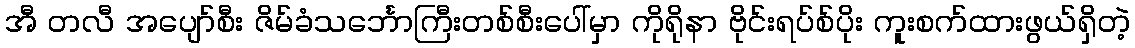
အီ တလီ အပျော်စီး ဇိမ်ခံသင်္ဘောကြီးတစ်စီးပေါ်မှာ ကိုရိုနာ ဗိုင်းရပ်စ်ပိုး ကူးစက်ထားဖွယ်ရှိတဲ့